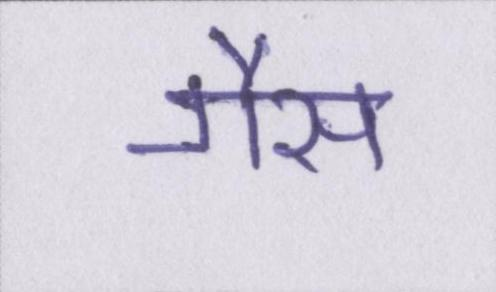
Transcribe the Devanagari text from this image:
गैस